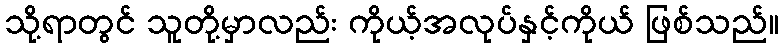
သို့ရာတွင် သူတို့မှာလည်း ကိုယ့်အလုပ်နှင့်ကိုယ် ဖြစ်သည်။